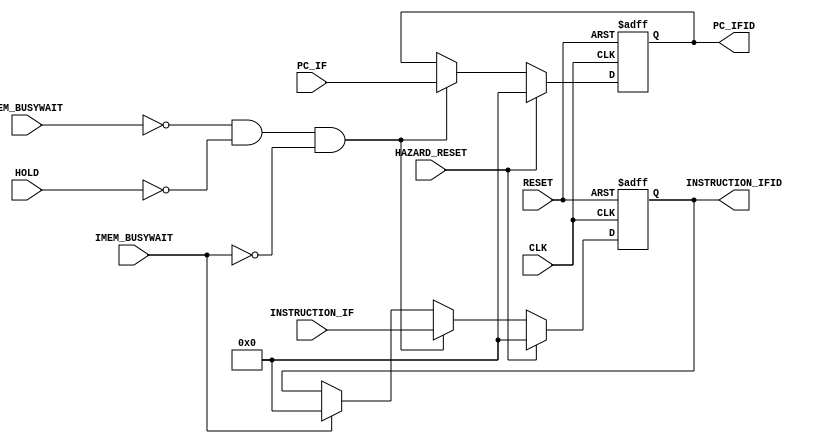
module if_id_reg(
    // inputs
    input CLK,
    input RESET,
    input HAZARD_RESET,
    input HOLD,
    input [31:0] PC_IF,
    input [31:0] INSTRUCTION_IF,
    input MEM_BUSYWAIT,
    input IMEM_BUSYWAIT,

    // outputs
    output reg [31:0] PC_IFID,
    output reg [31:0] INSTRUCTION_IFID
);

    always @(posedge CLK,posedge RESET)
    begin
        if(RESET)begin  // Clear the reg on reset
        PC_IFID <=32'd0;
        INSTRUCTION_IFID <=32'd0;
        end else if(HAZARD_RESET) begin
        PC_IFID <=32'd0;
        INSTRUCTION_IFID <=32'd0;
        end else if (!MEM_BUSYWAIT && HOLD == 1'b0 && !IMEM_BUSYWAIT) begin // Store all the related value in IF reg if  the previous stage isn't busy
        PC_IFID <= PC_IF;
        INSTRUCTION_IFID <= INSTRUCTION_IF;
        end else if (IMEM_BUSYWAIT) begin
        INSTRUCTION_IFID <=32'd0;
        end
    end

endmodule